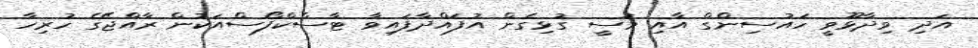
އަދި ވިދާޅޫވީ ހައުސިންގް އާއި މަސީ ގުޅިގެން އުފައްދާފައިވާ ޓާސްކްފޯސްއަކުން ރާއްޖޭގެ ހުރިހާ